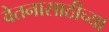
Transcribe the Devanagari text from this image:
वेतनासाठीच्या